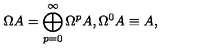
\Omega A = \bigoplus _ { p = 0 } ^ { \infty } \Omega ^ { p } A , \Omega ^ { 0 } A \equiv A ,